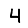
Digit: 4